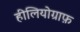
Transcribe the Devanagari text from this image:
हीलियोग्राफ़